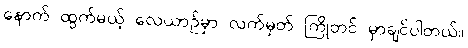
နောက် ထွက်မယ့် လေယာဉ်မှာ လက်မှတ် ကြိုတင် မှာချင်ပါတယ်။